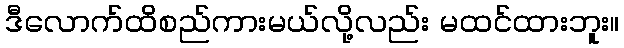
ဒီလောက်ထိစည်ကားမယ်လို့လည်း မထင်ထားဘူး။